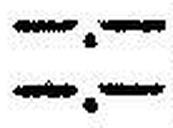
—.—